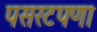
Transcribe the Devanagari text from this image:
पसरटपणा